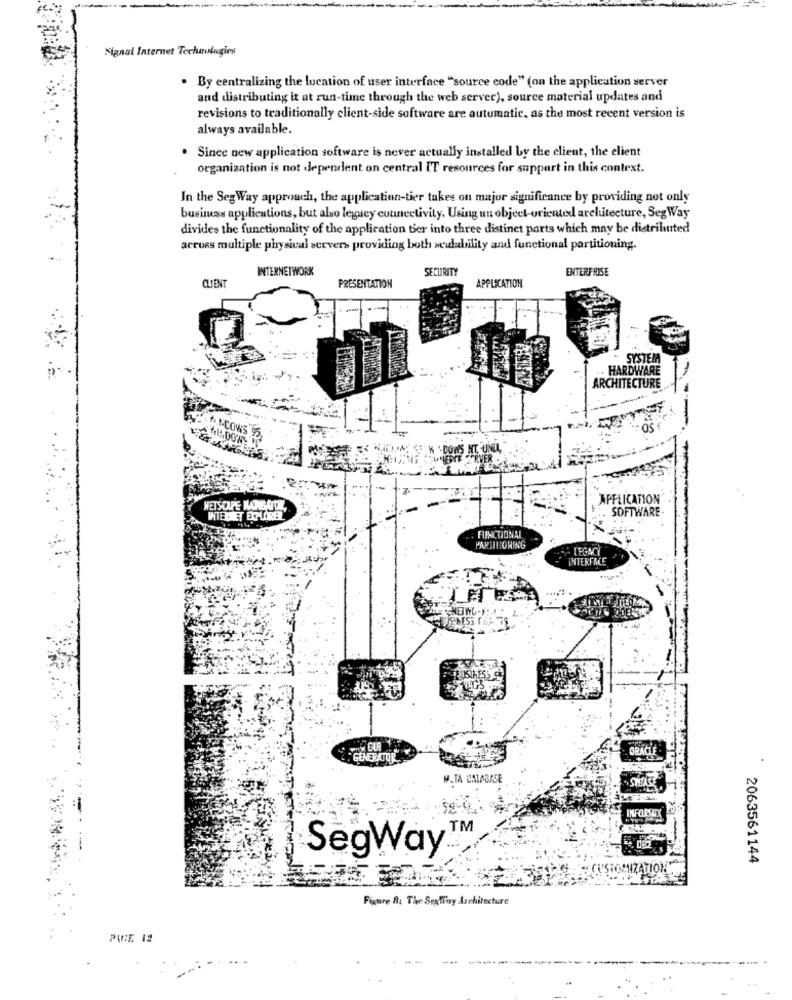
Signal Internet Techavlugies
. By centralizing the location of user interface "source code" (on the application server
and distributing it at run-time through the web server), source material updates and
revisions to traditionally client-side software are automatic. as the most recent version is
always available.
. Since new application software is never actually installed by the client, the client
organization is not dependent on central IT resources for support in this context.
In the SegWay approach, the application-tier takes on major significance by providing not only
business applications, but also legacy connectivity. Using un object-oriented architecture, Seg Way
divides the functionality of the application ter into three distinct parts which may be distributed
across multiple physical servers providing both scalability and functional partitioning.
INTERNETWORK
SECURITY
ENTERFRISE
CLIENT
PRESENTATION
APPLICATION
SYSTEM
. HARDWARE
ARCHITECTURE
FCOWS
-
APPLICATION
HETSOUPE KAMIGATDIL,
SOFTWARE
FUNCTIONAL
PARTITIONING
LEGACY
NTERFACE
GENERATOR
.TA EALABASE
TM
SegWay
2063561144
ISTOMNIZATION
Figure &: The SexWny Architecture
PICE 12
----